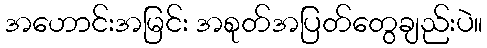
အဟောင်းအမြင်း အစုတ်အပြတ်တွေချည်းပဲ။